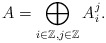
\begin{align*}A = \bigoplus\limits_{i \in \mathbb{Z}, j \in \mathbb{Z}} A^j_i.\end{align*}